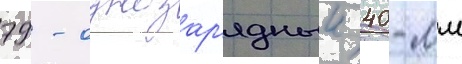
79 - однозар'ядныи 40-мм